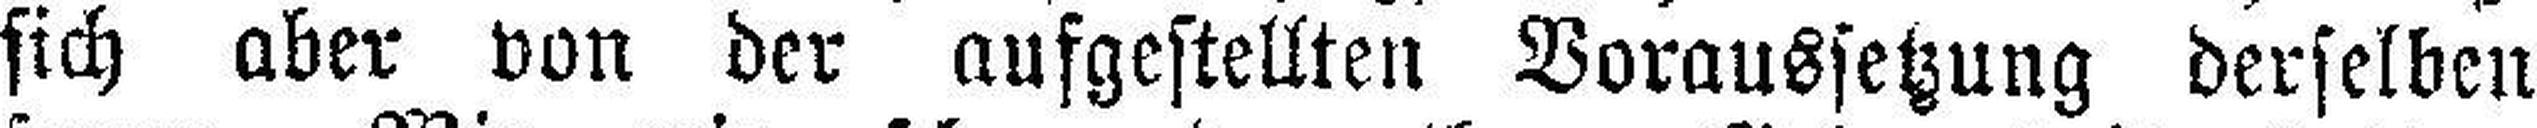
sich aber von der aufgestellten Voraussetzung derselben